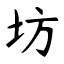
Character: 坊